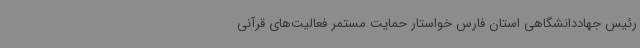
رئیس جهاددانشگاهی استان فارس خواستار حمایت مستمر فعالیت‌های قرآنی